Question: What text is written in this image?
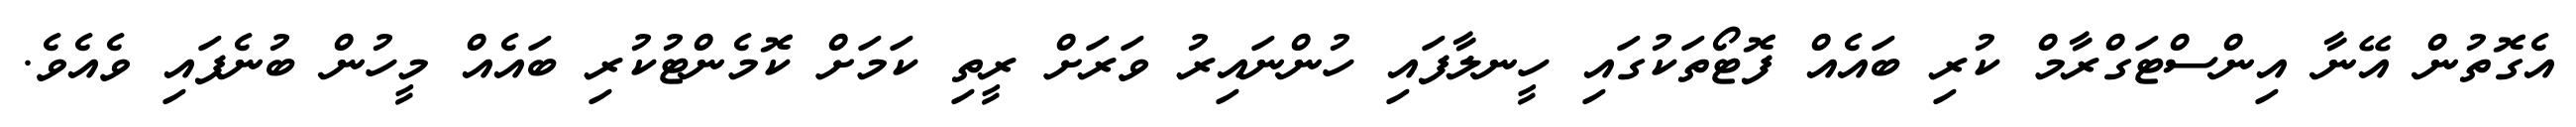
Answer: އެގޮތުން އޭނާ އިންސްޓަގްރާމް ކުރި ބައެއް ފޮޓޯތަކުގައި ހީނލާފައި ހުންނައިރު ވަރަށް ރީތި ކަމަށް ކޮމެންޓުކުރި ބައެއް މީހުން ބުނެފައި ވެއެވެ.